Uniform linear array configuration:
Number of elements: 4
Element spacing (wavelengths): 0.75
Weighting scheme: uniform
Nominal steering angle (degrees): -30
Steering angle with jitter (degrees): -28.176
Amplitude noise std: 0.05
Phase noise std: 0.05

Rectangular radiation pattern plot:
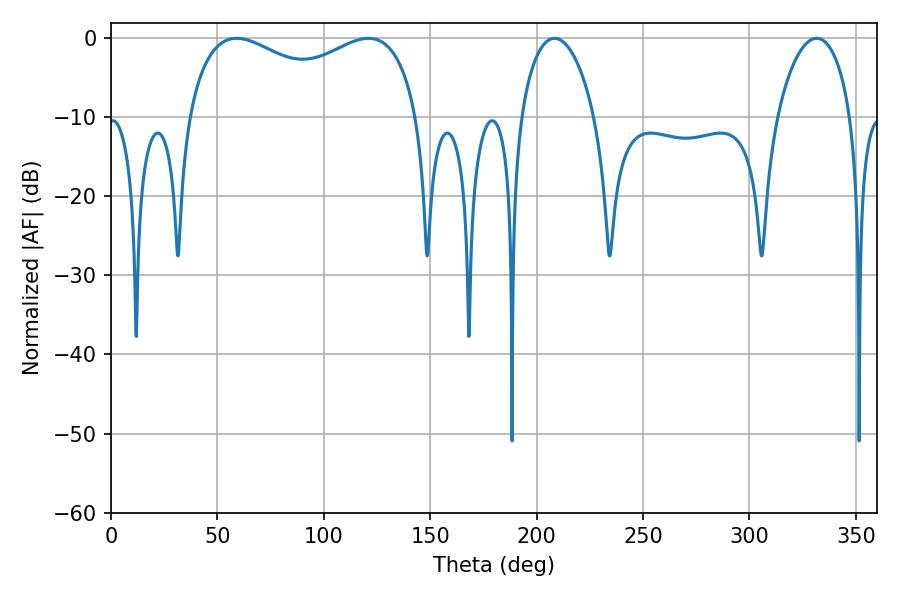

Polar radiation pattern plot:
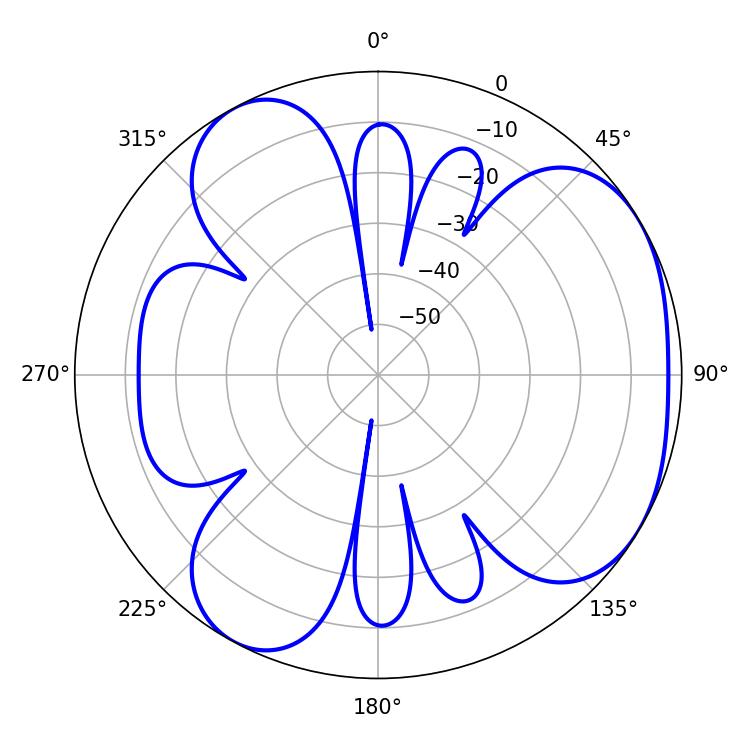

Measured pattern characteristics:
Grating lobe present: TRUE
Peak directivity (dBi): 4.287
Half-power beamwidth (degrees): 90
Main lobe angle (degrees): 59.04